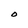
Character: O